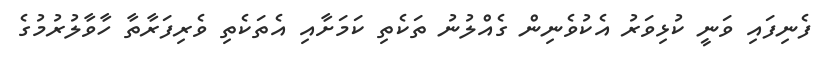
ފެނިފައި ވަނީ ކުޅިވަރު އެކުވެނިން ގެއްލުނު ތަކެތި ކަމަށާއި އެތަކެތި ވެރިފަރާތާ ހާވާލުރުމުގެ